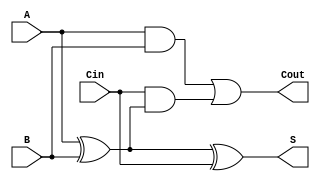
module async_full_adder (
    input wire A,    // First binary input
    input wire B,    // Second binary input
    input wire Cin,  // Carry-in input
    output wire S,   // Sum output
    output wire Cout  // Carry-out output
);

    // Internal signals for intermediate calculations
    wire A_xor_B;    // Intermediate signal for A XOR B

    // Compute the intermediate XOR for sum calculation
    assign A_xor_B = A ^ B;

    // Compute the sum output S
    assign S = A_xor_B ^ Cin;

    // Compute the carry-out Cout
    assign Cout = (A & B) | (Cin & A_xor_B);

endmodule